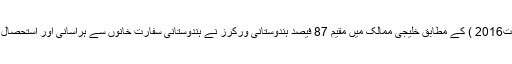
اکنامک ٹائمز (2اگست2016 ) کے مطابق خلیجی ممالک میں مقیم 87 فیصد ہندوستانی ورکرز نے ہندوستانی سفارت خانوں سے ہراسانی اور استحصال کی شکایات کی ہیں۔